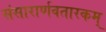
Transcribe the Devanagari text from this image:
संसारार्णवतारकम्